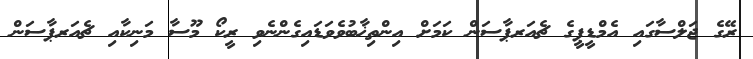
ރޭގެ ޖަލްސާގައި އެމްޑީޕީގެ ޗެއަރޕާސަން ކަމަށް އިންތިޚާބުވެވަޑައިގެންނެވި ރީކޯ މޫސާ މަނިކާއި ޗެއަރޕާސަން